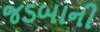
જડબાની